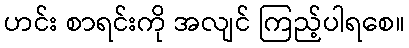
ဟင်း စာရင်းကို အလျင် ကြည့်ပါရစေ။